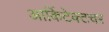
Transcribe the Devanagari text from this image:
आर्किटेक्टचर